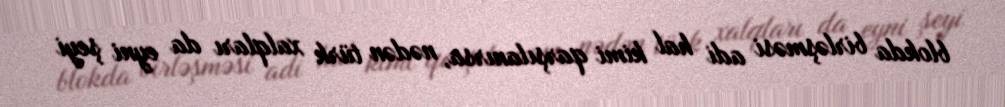
blokda birləşməsi adi hal kimi qarşılanırsa, nədən türk xalqları da eyni şeyi